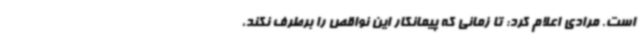
است. مرادی اعلام کرد: تا زمانی که پیمانکار این نواقص را برطرف نکند،